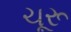
ચૂરૂ